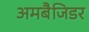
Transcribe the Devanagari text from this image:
अमबैजिडर